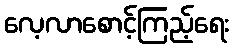
လေ့လာစောင့်ကြည့်ရေး